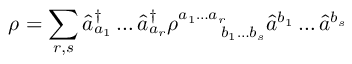
\rho = \sum _ { r , s } \hat { a } _ { a _ { 1 } } ^ { \dagger } \ldots \hat { a } _ { a _ { r } } ^ { \dagger } \rho _ { \quad \quad b _ { 1 } \ldots b _ { s } } ^ { a _ { 1 } \ldots a _ { r } } \hat { a } ^ { b _ { 1 } } \ldots \hat { a } ^ { b _ { s } }